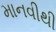
માનવીથી